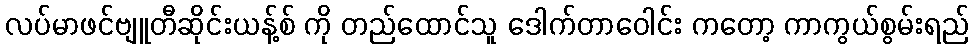
လပ်မာဖင်ဗျူတီဆိုင်းယန့်စ် ကို တည်ထောင်သူ ဒေါက်တာဝေါင်း ကတော့ ကာကွယ်စွမ်းရည်